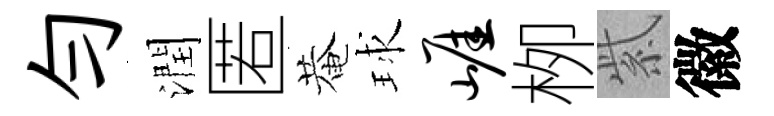
勻潤匿菴球崖栁紫徽